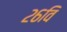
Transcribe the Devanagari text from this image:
२६वि